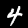
Label: 4